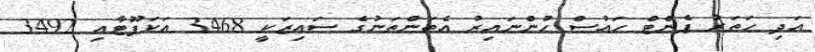
އަދި ހަތަރު ޕެންޓް ހައުސް ހުންނައިރު އެތަންތަނުގެ ސައިޒަކީ 3468 އަކަފޫޓާއި 3492